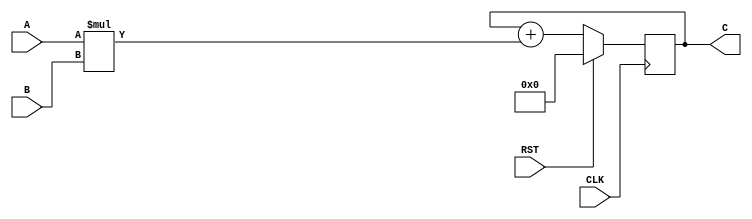
module MAC(A, B, C, CLK, RST);

input CLK,RST;
input[3:0] A, B;
output reg[7:0] C;

wire[7:0] M, M1;


   assign M = A * B;
   assign M1 = C + M;

 always@(posedge CLK)
begin
       if(RST)
           C <= 0;
        else
           C <= M1;
 end
         
endmodule